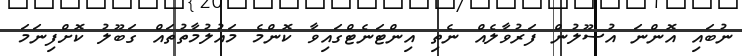
ނުބައި އޮންނަ އުސޫލުން ފަރުވާލެއް ނެތި އިންޓަނެޓްގައިވާ ކޮންމެ މައުލުމާތުތައް ގަބޫލު ކޮށްފިނަމަ